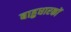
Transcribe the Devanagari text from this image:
बाहुधारकों